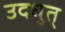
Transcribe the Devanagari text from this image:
उदधुत्